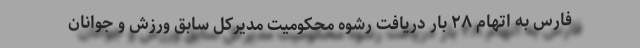
فارس به اتهام ۲۸ بار دریافت رشوه محکومیت مدیرکل سابق ورزش و جوانان